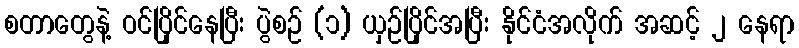
စတာတွေနဲ့ ဝင်ပြိုင်နေပြီး ပွဲစဉ် (၁) ယှဉ်ပြိုင်အပြီး နိုင်ငံအလိုက် အဆင့် ၂ နေရာ